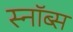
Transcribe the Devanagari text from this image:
स्नॉब्स